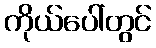
ကိုယ်ပေါ်တွင်